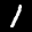
Label: 1